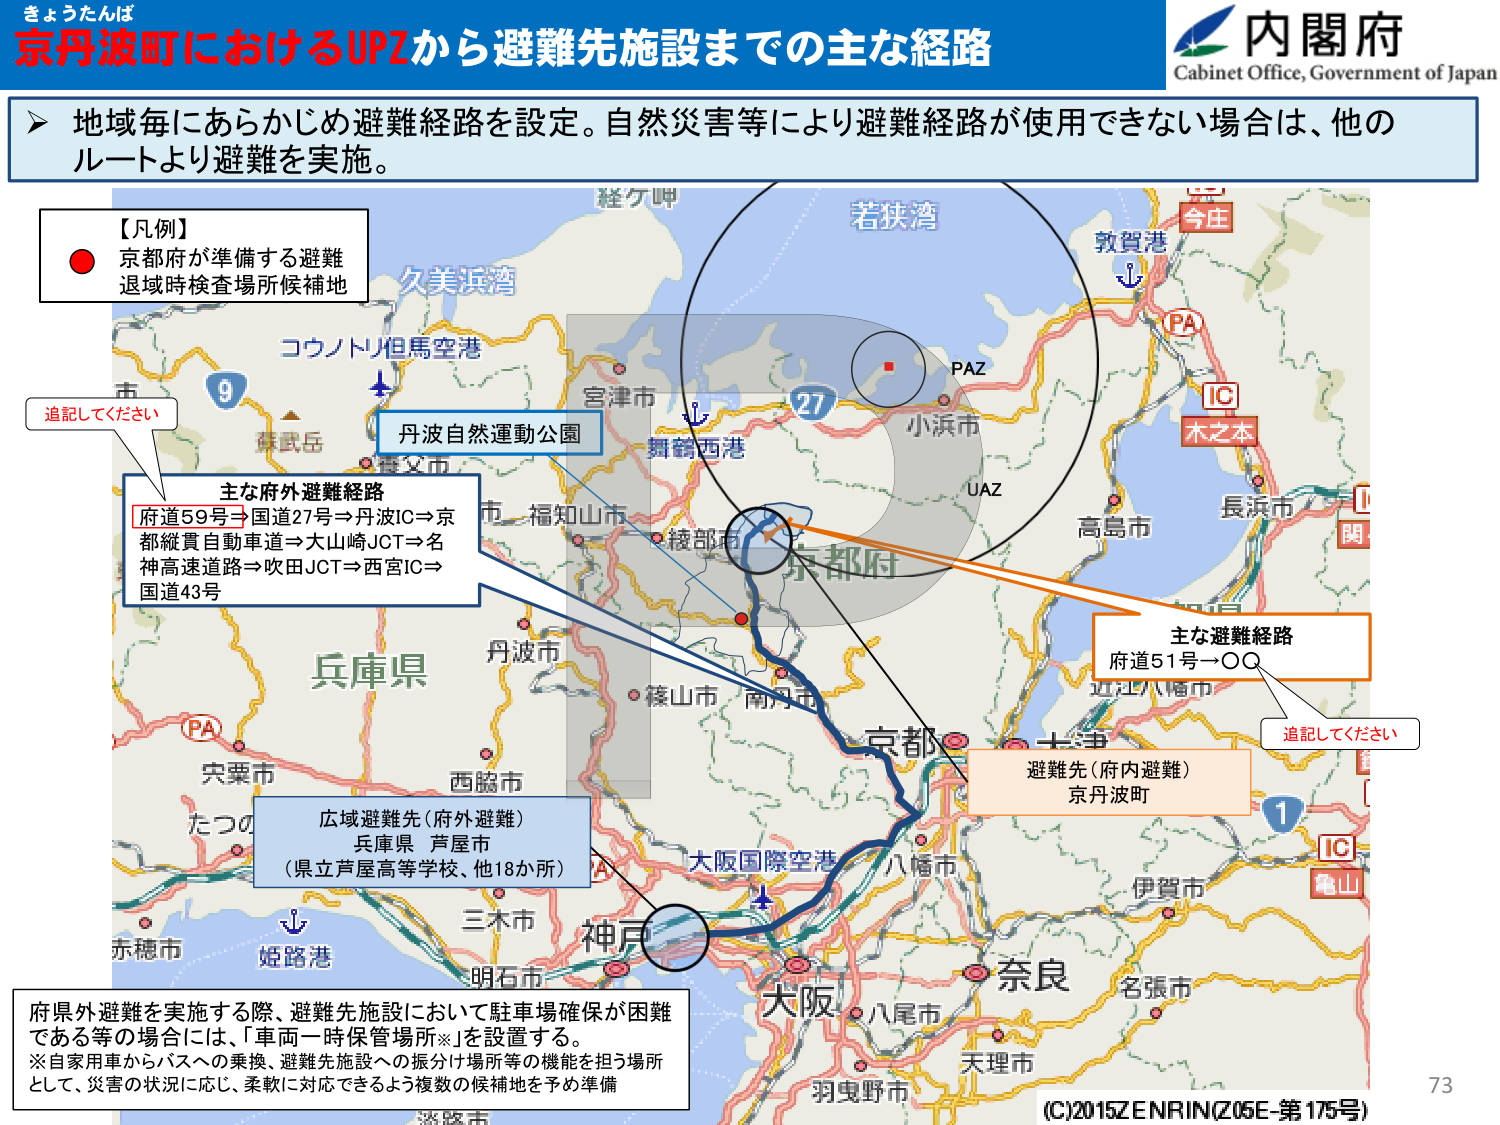
きょうたんば
京丹波町におけるJPZから避難先施設までの主な経路
内閣府
Cabinet Office, Government of Japan
地域毎にあらかじめ避難経路を設定。自然災害等により避難経路が使用できない場合は、他のルートより避難を実施。
【凡例】
京都府が準備する避難
退域時検査場所候補地
追記してください
主な府外避難経路
府道59号⇒国道27号⇒丹波IC⇒京都縦貫自動車道⇒大山崎JCT⇒名神高速道路⇒吹田JCT⇒西宮IC⇒国道43号
コウノトリ但馬空港
久美浜湾
舞鶴西港
丹波自然運動公園
宮津市
福知山市
綾部市
丹波市
兵庫県
西脇市
三木市
明石市
姫路港
赤穂市
大阪国際空港
神戸
京都府
京都市
八幡市
大阪
八尾市
羽曳野市
奈良
天理市
名張市
伊賀市
亀山
IC
追記してください
主な避難経路
府道51号→○○
避難先（府内避難）
京丹波町
広域避難先（府外避難）
兵庫県 芦屋市
（県立芦屋高等学校、他18か所）
府県外避難を実施する際、避難先施設において駐車場確保が困難である等の場合には、「車両一時保管場所※」を設置する。
※自家用車からバスへの乗換、避難先施設への振分け場所等の機能を担う場所として、災害の状況に応じ、柔軟に対応できるよう複数の候補地を予め準備
(C)2015ZENRIN(Z05E-第175号)
73
若狭湾
敦賀港
今庄
PA
IC
木之本
長浜市
高島市
小浜市
PAZ
UAZ
27
近江八幡市
1
京丹波町
京都市
南丹市
篠山市
丹波市
福知山市
綾部市
舞鶴市
宮津市
丹後半島
丹波自然運動公園
コウノトリ但馬空港
久美浜湾
舞鶴西港
大阪国際空港
神戸
姫路港
赤穂市
兵庫県
三木市
明石市
西脇市
たつの
宍粟市
PA
京都市
八幡市
大阪
八尾市
羽曳野市
奈良
天理市
名張市
伊賀市
亀山
IC
追記してください
主な避難経路
府道51号→○○
避難先（府内避難）
京丹波町
広域避難先（府外避難）
兵庫県 芦屋市
（県立芦屋高等学校、他18か所）
府県外避難を実施する際、避難先施設において駐車場確保が困難である等の場合には、「車両一時保管場所※」を設置する。
※自家用車からバスへの乗換、避難先施設への振分け場所等の機能を担う場所として、災害の状況に応じ、柔軟に対応できるよう複数の候補地を予め準備
(C)2015ZENRIN(Z05E-第175号)
73